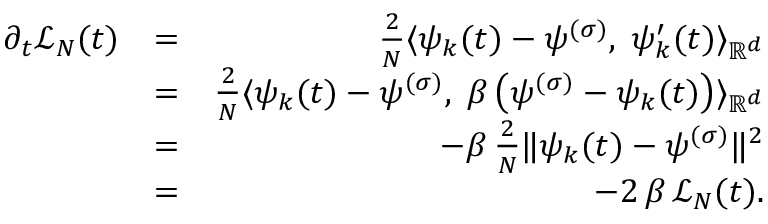
\begin{array} { r l r } { \partial _ { t } \mathcal L _ { N } ( t ) } & { = } & { \frac { 2 } { N } \langle \psi _ { k } ( t ) - \psi ^ { ( \sigma ) } , \; \psi _ { k } ^ { \prime } ( t ) \rangle _ { { \mathbb R } ^ { d } } } \\ & { = } & { \frac { 2 } { N } \langle \psi _ { k } ( t ) - \psi ^ { ( \sigma ) } , \; \beta \left( \psi ^ { ( \sigma ) } - \psi _ { k } ( t ) \right) \rangle _ { { \mathbb R } ^ { d } } } \\ & { = } & { - \beta \, \frac { 2 } { N } \| \psi _ { k } ( t ) - \psi ^ { ( \sigma ) } \| ^ { 2 } } \\ & { = } & { - 2 \, \beta \, \mathcal L _ { N } ( t ) . } \end{array}